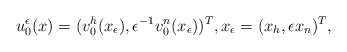
\begin{align*}u_0^\epsilon(x) = (v_0^h(x_\epsilon), \epsilon^{-1}v_0^n(x_\epsilon))^T,x_\epsilon = (x_{h}, \epsilon x_n)^T,\end{align*}